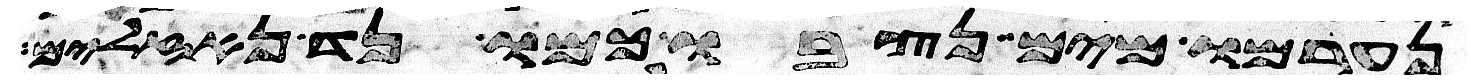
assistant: נערמו מים נצבו כמו נד נזלים